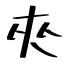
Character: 夾